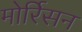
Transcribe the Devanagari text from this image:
मोर्रिसन